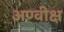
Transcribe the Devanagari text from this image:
अण्वीक्ष